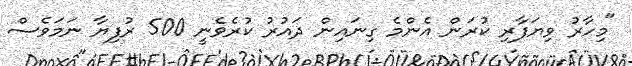
"މިހާރު ވިޔަފާރި ކުރަން އެންމެ ގިނައިން ދައުރު ކުރެވެނީ 500 ރުފިޔާ ނަމަވެސް